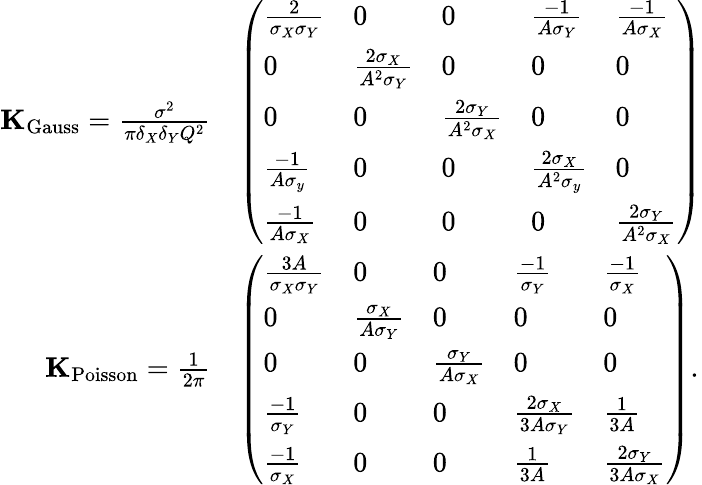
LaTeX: {\begin{array}{rl}{\mathbf{K}_{\mathrm{Gauss}}={\frac{\sigma^{2}}{\pi\delta_{X}\delta_{Y}Q^{2}}}}&{{\left(\begin{array}{lllll}{{\frac{2}{\sigma_{X}\sigma_{Y}}}}&{0}&{0}&{{\frac{-1}{A\sigma_{Y}}}}&{{\frac{-1}{A\sigma_{X}}}}\\ {0}&{{\frac{2\sigma_{X}}{A^{2}\sigma_{Y}}}}&{0}&{0}&{0}\\ {0}&{0}&{{\frac{2\sigma_{Y}}{A^{2}\sigma_{X}}}}&{0}&{0}\\ {{\frac{-1}{A\sigma_{y}}}}&{0}&{0}&{{\frac{2\sigma_{X}}{A^{2}\sigma_{y}}}}&{0}\\ {{\frac{-1}{A\sigma_{X}}}}&{0}&{0}&{0}&{{\frac{2\sigma_{Y}}{A^{2}\sigma_{X}}}}\end{array}\right)}}\\ {\mathbf{K}_{\operatorname{Poisson}}={\frac{1}{2\pi}}}&{{\left(\begin{array}{lllll}{{\frac{3A}{\sigma_{X}\sigma_{Y}}}}&{0}&{0}&{{\frac{-1}{\sigma_{Y}}}}&{{\frac{-1}{\sigma_{X}}}}\\ {0}&{{\frac{\sigma_{X}}{A\sigma_{Y}}}}&{0}&{0}&{0}\\ {0}&{0}&{{\frac{\sigma_{Y}}{A\sigma_{X}}}}&{0}&{0}\\ {{\frac{-1}{\sigma_{Y}}}}&{0}&{0}&{{\frac{2\sigma_{X}}{3A\sigma_{Y}}}}&{{\frac{1}{3A}}}\\ {{\frac{-1}{\sigma_{X}}}}&{0}&{0}&{{\frac{1}{3A}}}&{{\frac{2\sigma_{Y}}{3A\sigma_{X}}}}\end{array}\right)}.}\end{array}}